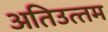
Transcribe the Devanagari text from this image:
अतिउत्‍तम